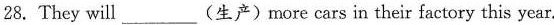
28. They will___(生产)more cars in their factory this year.